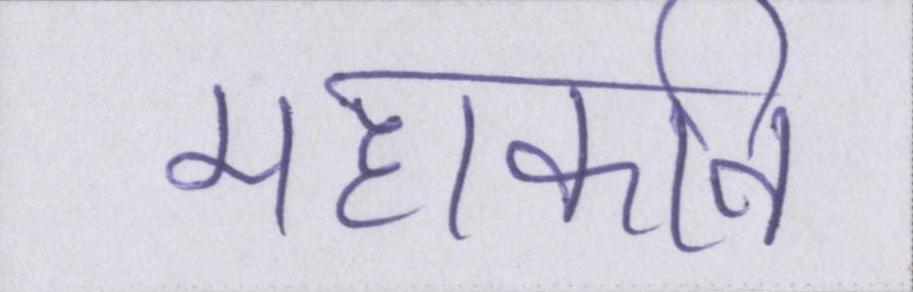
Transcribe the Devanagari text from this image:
महाकवि